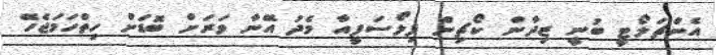
އެންޗަލޯޓީ ބުނީ ޒިދާން ކޯޗިން ފިލޯސަފީއާ މެދު އޭނާ ވަރަށް ބޮޑަށް ހިތްހަމަޖެހޭ